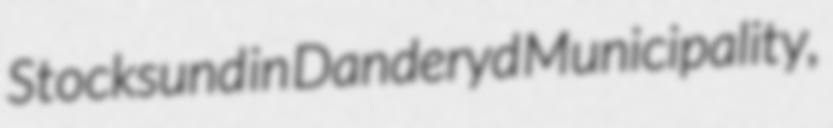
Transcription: Stocksund in Danderyd Municipality,